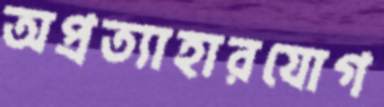
অপ্রত্যাহারযোগ